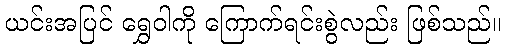
ယင်းအပြင် ရွှေဝါကို ကြောက်ရင်းစွဲလည်း ဖြစ်သည်။